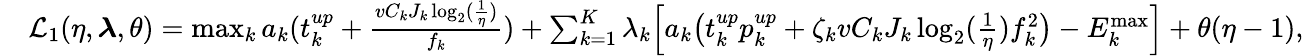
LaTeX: \begin{array}{rl}&{\mathcal{L}_{1}(\eta,\boldsymbol{\lambda},\theta)=\operatorname*{max}_{k}a_{k}(t_{k}^{up}+\frac{vC_{k}J_{k}\log_{2}(\frac{1}{\eta})}{f_{k}})+\sum_{k=1}^{K}\lambda_{k}\Big[a_{k}\big(t_{k}^{up}p_{k}^{up}+\zeta_{k}vC_{k}J_{k}\log_{2}(\frac{1}{\eta})f_{k}^{2}\big)-{{E}}_{k}^{\operatorname*{max}}\Big]+\theta(\eta-1),}\end{array}